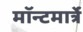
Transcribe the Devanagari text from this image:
मॉन्टमार्त्रे